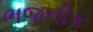
ભજનીક